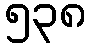
၅၃၈